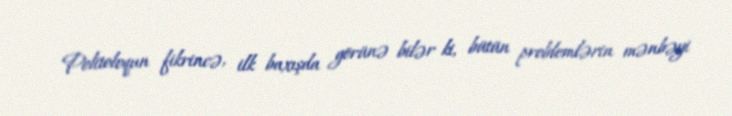
Politoloqun fikrincə, ilk baxışda görünə bilər ki, bütün problemlərin mənbəyi